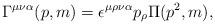
LaTeX: \begin{align*}\Gamma^{\mu\nu\alpha}(p,m)= \epsilon^{\mu\rho\nu\alpha}p_\rho\Pi(p^2,m), \end{align*}